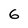
Character: 6